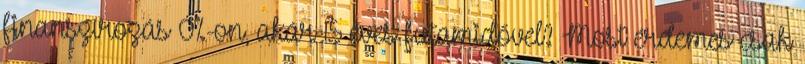
finanszírozás 0%-on, akár 15 éves futamidővel? Most érdemes csak